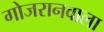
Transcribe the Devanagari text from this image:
गोजरानवाला